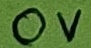
Text: 0V